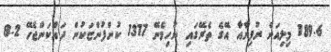
189.6 މިލިއަން ރުފިޔާއާ އޭގެ ތެރޭގައި ނުހިމެނޭ 1317 ކުންފުންޏަކުން ދައްކަންޖެހޭ 8.2